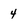
Character: 4